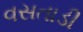
વસતાડી